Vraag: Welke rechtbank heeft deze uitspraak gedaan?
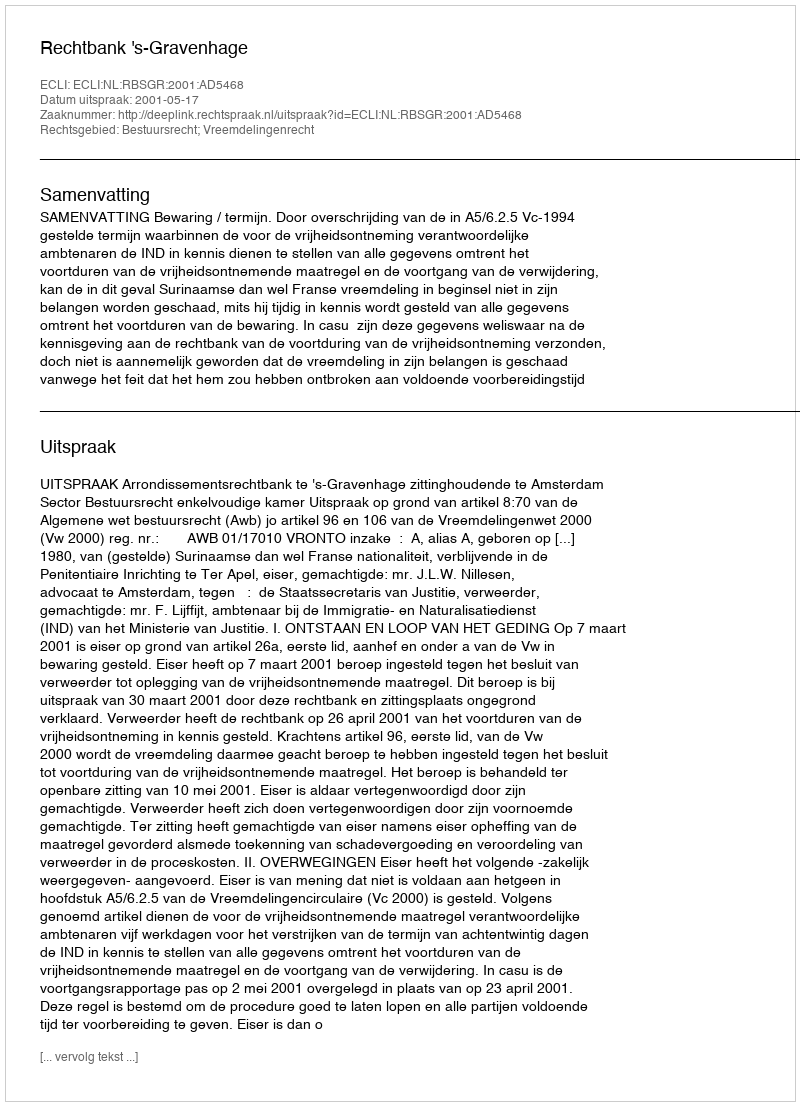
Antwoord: Rechtbank 's-Gravenhage